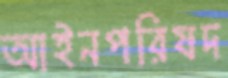
আইনপরিষদ